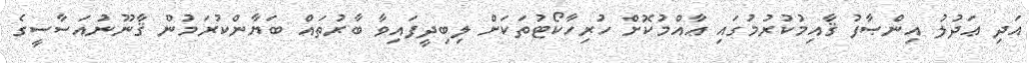
އަދި ޢަދުލު އިންޞާފު ޤާއިމުކުރުމުގައި ޢާއްމުކޮށް ހުރިހާކޯޓުތަކަށް ލިބިދީފައިވާ ބާރުތައް ބަޔާންކުރަމުން ޤާނޫނުއަސާސީގެ